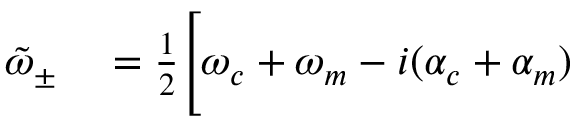
\begin{array} { r l } { \tilde { \omega } _ { \pm } } & { { } = \frac { 1 } { 2 } \Bigg [ \omega _ { c } + \omega _ { m } - i ( \alpha _ { c } + \alpha _ { m } ) } \end{array}